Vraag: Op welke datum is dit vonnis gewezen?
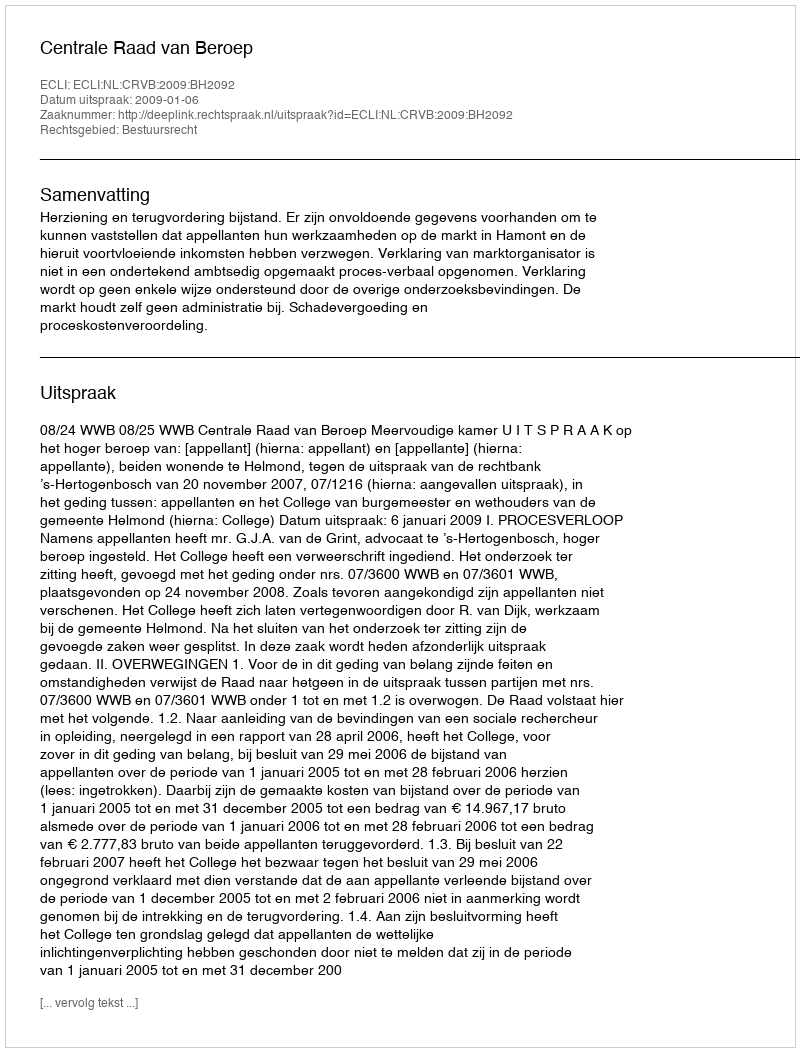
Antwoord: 2009-01-06